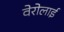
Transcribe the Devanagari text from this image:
वेरोलाई